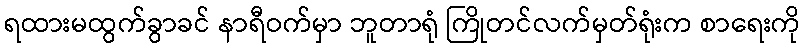
ရထားမထွက်ခွာခင် နာရီဝက်မှာ ဘူတာရုံ ကြိုတင်လက်မှတ်ရုံးက စာရေးကို